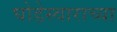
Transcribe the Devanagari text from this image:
घोडेस्वाराच्या